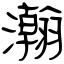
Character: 瀚